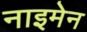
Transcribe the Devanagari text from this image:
नाइमेन